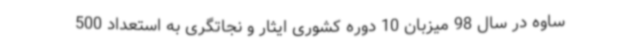
ساوه در سال 98 میزبان 10 دوره کشوری ایثار و نجاتگری به استعداد 500